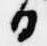
日